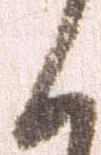
く